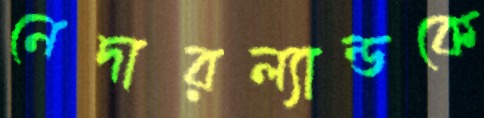
নেদারল্যান্ডকে